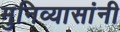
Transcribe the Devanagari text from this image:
मुनिव्यासांनी